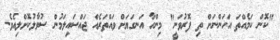
"ކޮން ކަމެއްތަ އަހަންނަށް ތި ފޮރުވަނީ" މިންހާ އަނގަޔަށް ވައްތަރެއް ޖައްސައިލަމުން ސުވާލުކޮށްލިއެވެ.